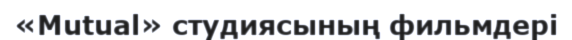
«Mutual» студиясының фильмдері